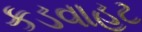
કડવાહટ